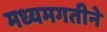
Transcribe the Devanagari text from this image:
मध्यमगतीने